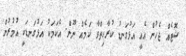
ޝޮޓެއް ޖެހުން އެއީ އަޅުގަނޑު ކުރާހިތްވާ ކަމެއް ނޫން. އެކަމަކު އަޅުގަނޑަކީ އުމުރުން